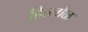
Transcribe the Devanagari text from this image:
हिल्लोळ